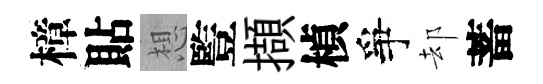
樟貼想䜿擷楨爭却蓄